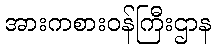
အားကစားဝန်ကြီးဌာန